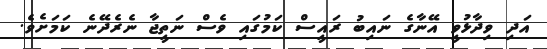
އަދި ވިދާޅުވީ އޭނާގެ ނައިބު ރައީސް ކަމުގައި ވެސް ނަތީޖާ ނެރެދޭނެ ކަމަށެވެ.